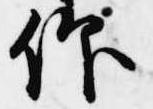
仰